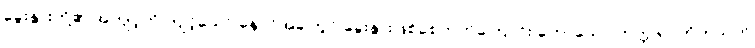
ခွေးနွားတို့၏ အကျင့်ကို ကျင့်သော် နောင်အခါတွင် ခွေးနွားဖြစ်စေတတ်ကြောင်း ဟောသော ကုက္ကုရဝတိကသုတ်